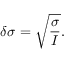
\delta \sigma = \sqrt { \frac { \sigma } { \cal I } } .